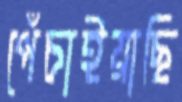
পেঁচাইয়াছি